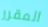
المقرر